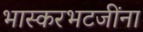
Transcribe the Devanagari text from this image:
भास्करभटजींना